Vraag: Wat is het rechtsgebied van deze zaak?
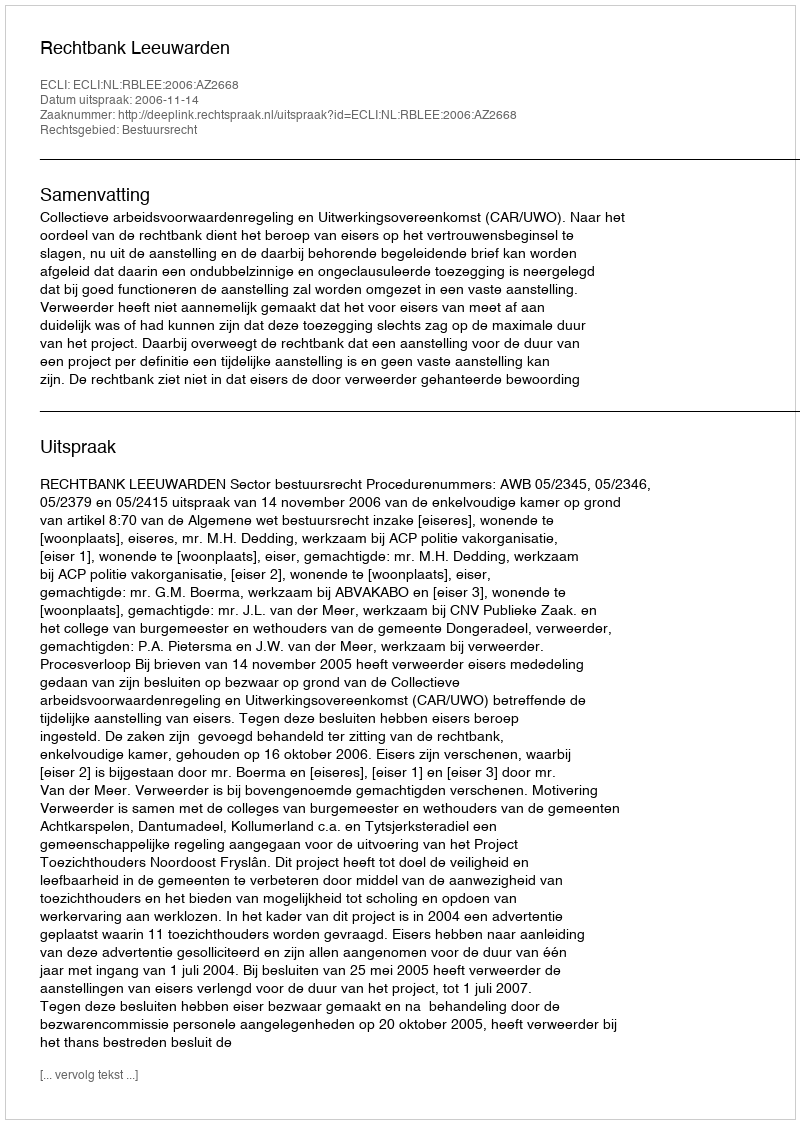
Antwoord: Bestuursrecht